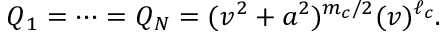
\d Q _ { 1 } = \cdots = \d Q _ { N } = ( v ^ { 2 } + a ^ { 2 } ) ^ { m _ { c } / 2 } ( v ) ^ { \ell _ { c } } .